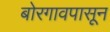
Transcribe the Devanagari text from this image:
बोरगावपासून